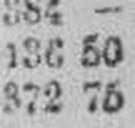
372 76